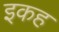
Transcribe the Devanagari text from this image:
इकह